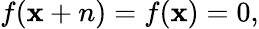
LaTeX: f(\mathbf{x}+n)=f(\mathbf{x})=0,